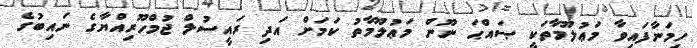
ހިމަނާފައިވާ މަޢުލޫމާތަކީ ޞައްޙަ ނޫން މަޢުލޫމާތު ކަމަށް އަދި ރައީސުލް ޖުމްހޫރިއްޔާގެ ނައިބުގެ